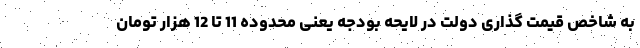
به شاخص قیمت گذاری دولت در لایحه بودجه یعنی محدوده 11 تا 12 هزار تومان